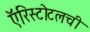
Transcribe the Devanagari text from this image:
ऍरिस्टोटलची